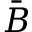
\bar { \boldsymbol { B } }